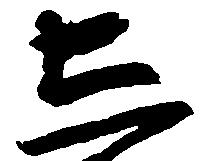
し